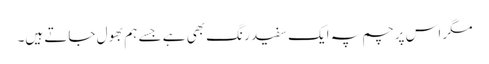
مگر اس پرچم پہ ایک سفید رنگ بھی ہے جسے ہم بھول جاتے ہیں۔